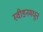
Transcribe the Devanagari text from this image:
स्वीडनमधून